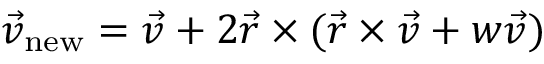
{ \vec { v } } _ { \mathrm { n e w } } = { \vec { v } } + 2 { \vec { r } } \times ( { \vec { r } } \times { \vec { v } } + w { \vec { v } } )